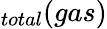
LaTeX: _{total}(gas)